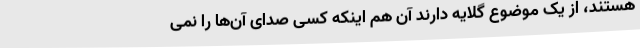
هستند، از یک موضوع گلایه دارند آن هم اینکه کسی صدای آن‌ها را نمی